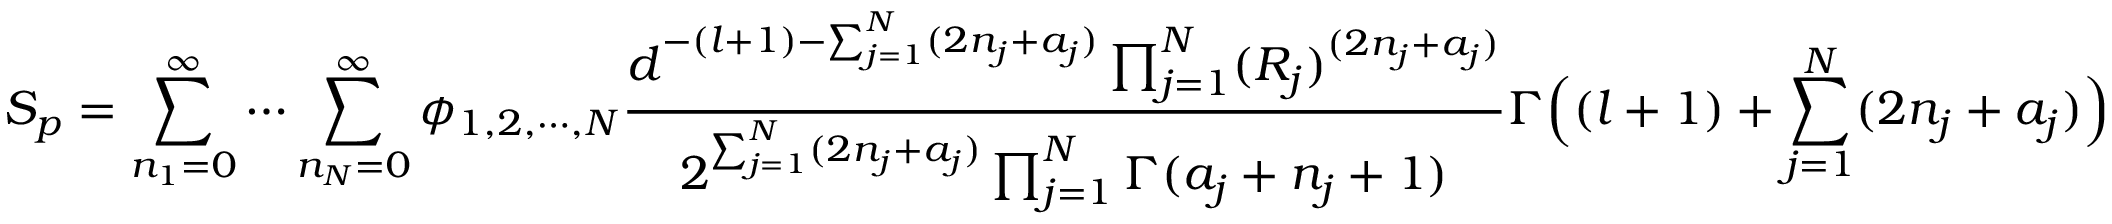
S _ { p } = \sum _ { n _ { 1 } = 0 } ^ { \infty } \cdots \sum _ { n _ { N } = 0 } ^ { \infty } \phi _ { 1 , 2 , \cdots , N } \frac { d ^ { - ( l + 1 ) - \sum _ { j = 1 } ^ { N } ( 2 n _ { j } + a _ { j } ) } \prod _ { j = 1 } ^ { N } ( R _ { j } ) ^ { ( 2 n _ { j } + a _ { j } ) } } { 2 ^ { \sum _ { j = 1 } ^ { N } ( 2 n _ { j } + a _ { j } ) } \prod _ { j = 1 } ^ { N } \Gamma ( a _ { j } + n _ { j } + 1 ) } \Gamma \Big ( ( l + 1 ) + \sum _ { j = 1 } ^ { N } ( 2 n _ { j } + a _ { j } ) \Big )